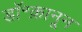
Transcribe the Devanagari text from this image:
डॉ॰क़ानून